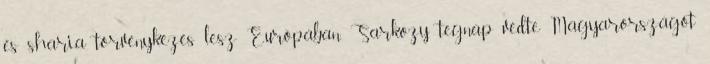
és sharia törvénykezés lesz Európában. Sarkozy tegnap védte Magyarországot